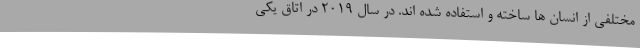
مختلفی از انسان ها ساخته و استفاده شده اند. در سال 2019 در اتاق یکی